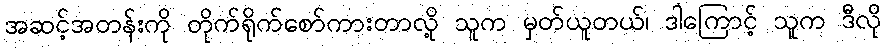
အဆင့်အတန်းကို တိုက်ရိုက်စော်ကားတာလို့ သူက မှတ်ယူတယ်၊ ဒါကြောင့် သူက ဒီလို